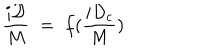
\frac { i \mathcal D } { M } \; = \; f ( \frac { i { \mathcal D } _ { c } } { M } )